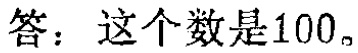
答：这个数是100。